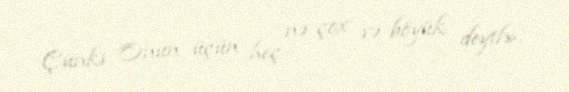
Çünki Onun üçün heç nə çox və böyük deyil».